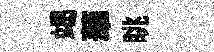
竭華眺